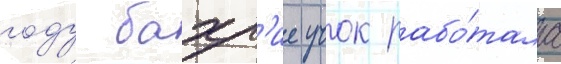
году бахр'ие учок рабо́тала